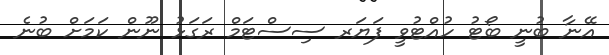
އޭނާ ބުނީ ބޯޓު ހުއްޓުވީ ފަޔަރ ސިސްޓަމް ރަގަޅު ނޫން ކަމަށް ބުނެ